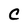
Character: C